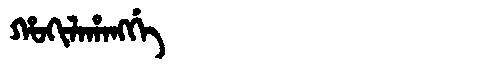
Manchu: ᡥᠣᡴᡳᠯᠠᡥᠠᠩᡤᡝ
Romanization: HOKILAHANGGE